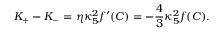
K _ { + } - K _ { - } = \eta \kappa _ { 5 } ^ { 2 } f ^ { \prime } ( C ) = - { \frac { 4 } { 3 } } \kappa _ { 5 } ^ { 2 } f ( C ) .